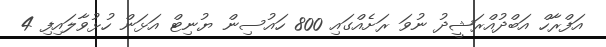
އަފްރާހް އަބްދުއްރަޝީދު ނުވަ ރަށެއްގައި 800 ހައުސިން ޔުނިޓް އަޅަން ހުޅުވާލައިފި 4